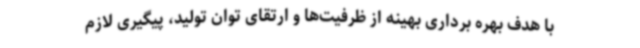
با هدف بهره برداری بهینه از ظرفیت‌ها و ارتقای توان تولید، پیگیری لازم